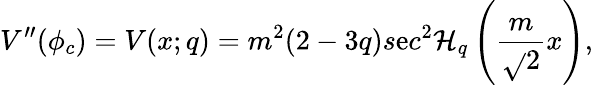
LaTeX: V^{\prime\prime}(\phi_{c})=V(x;q)=m^{2}(2-3q)s\mathrm{e}c^{2}\mathcal{H}_{q}\left(\frac{{m}}{{\sqrt{}{2}}}x\right),